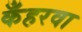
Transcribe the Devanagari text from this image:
कँहरवा